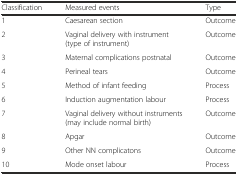
| Classification | Measured events | Type |
 | --- | --- | --- |
 | 1 | Caesarean section | Outcome |
 | 2 | Vaginal delivery with instrument (type of instrument) | Outcome |
 | 3 | Maternal complications postnatal | Outcome |
 | 4 | Perineal tears | Outcome |
 | 5 | Method of infant feeding | Process |
 | 6 | Induction augmentation labour | Process |
 | 7 | Vaginal delivery without instruments (may include normal birth) | Outcome |
 | 8 | Apgar | Outcome |
 | 9 | Other NN complicatons | Outcome |
 | 10 | Mode onset labour | Process |